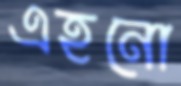
এহনো